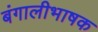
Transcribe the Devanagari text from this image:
बंगालीभाषक